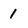
Character: 1